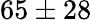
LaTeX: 65\pm 28